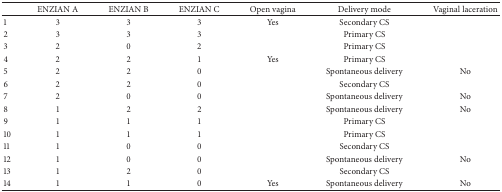
<table><thead><tr><td><b> </b></td><td><b>ENZIAN A</b></td><td><b>ENZIAN B</b></td><td><b>ENZIAN C</b></td><td><b>Open vagina</b></td><td><b>Delivery mode</b></td><td><b>Vaginal laceration</b></td></tr></thead><tbody><tr><td>1</td><td>3</td><td>3</td><td>3</td><td>Yes</td><td>Secondary CS</td><td> </td></tr><tr><td>2</td><td>3</td><td>3</td><td>3</td><td> </td><td>Primary CS</td><td> </td></tr><tr><td>3</td><td>2</td><td>0</td><td>2</td><td> </td><td>Primary CS</td><td> </td></tr><tr><td>4</td><td>2</td><td>2</td><td>1</td><td>Yes</td><td>Primary CS</td><td> </td></tr><tr><td>5</td><td>2</td><td>2</td><td>0</td><td> </td><td>Spontaneous delivery</td><td>No</td></tr><tr><td>6</td><td>2</td><td>2</td><td>0</td><td> </td><td>Secondary CS</td><td> </td></tr><tr><td>7</td><td>2</td><td>0</td><td>0</td><td> </td><td>Spontaneous delivery</td><td>No</td></tr><tr><td>8</td><td>1</td><td>2</td><td>2</td><td> </td><td>Spontaneous delivery</td><td>No</td></tr><tr><td>9</td><td>1</td><td>1</td><td>1</td><td> </td><td>Primary CS</td><td> </td></tr><tr><td>10</td><td>1</td><td>1</td><td>1</td><td> </td><td>Primary CS</td><td> </td></tr><tr><td>11</td><td>1</td><td>0</td><td>0</td><td> </td><td>Secondary CS</td><td> </td></tr><tr><td>12</td><td>1</td><td>0</td><td>0</td><td> </td><td>Spontaneous delivery</td><td>No</td></tr><tr><td>13</td><td>1</td><td>2</td><td>0</td><td> </td><td>Secondary CS</td><td> </td></tr><tr><td>14</td><td>1</td><td>1</td><td>0</td><td>Yes</td><td>Spontaneous delivery</td><td>No</td></tr></tbody></table>